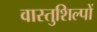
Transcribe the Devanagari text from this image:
वास्तुशिल्पों